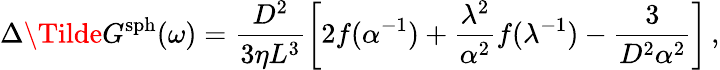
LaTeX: \Delta\Tilde{G}^{\mathrm{sph}}(\omega)=\frac{D^{2}}{3\eta L^{3}}\left[2f(\alpha^{-1})+\frac{\lambda^{2}}{\alpha^{2}}f(\lambda^{-1})-\frac{3}{D^{2}\alpha^{2}}\right]\, ,